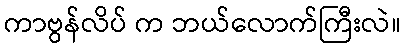
ကာဗွန်လိပ် က ဘယ်လောက်ကြီးလဲ။